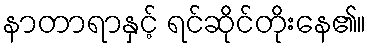
နာတာရာနှင့် ရင်ဆိုင်တိုးနေ၏။